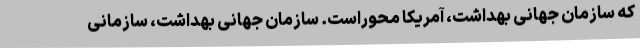
که سازمان جهانی بهداشت، آمریکا محوراست. سازمان جهانی بهداشت، سازمانی